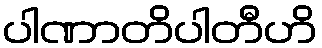
ပါဏာတိပါတီဟိ